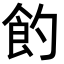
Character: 𩚈